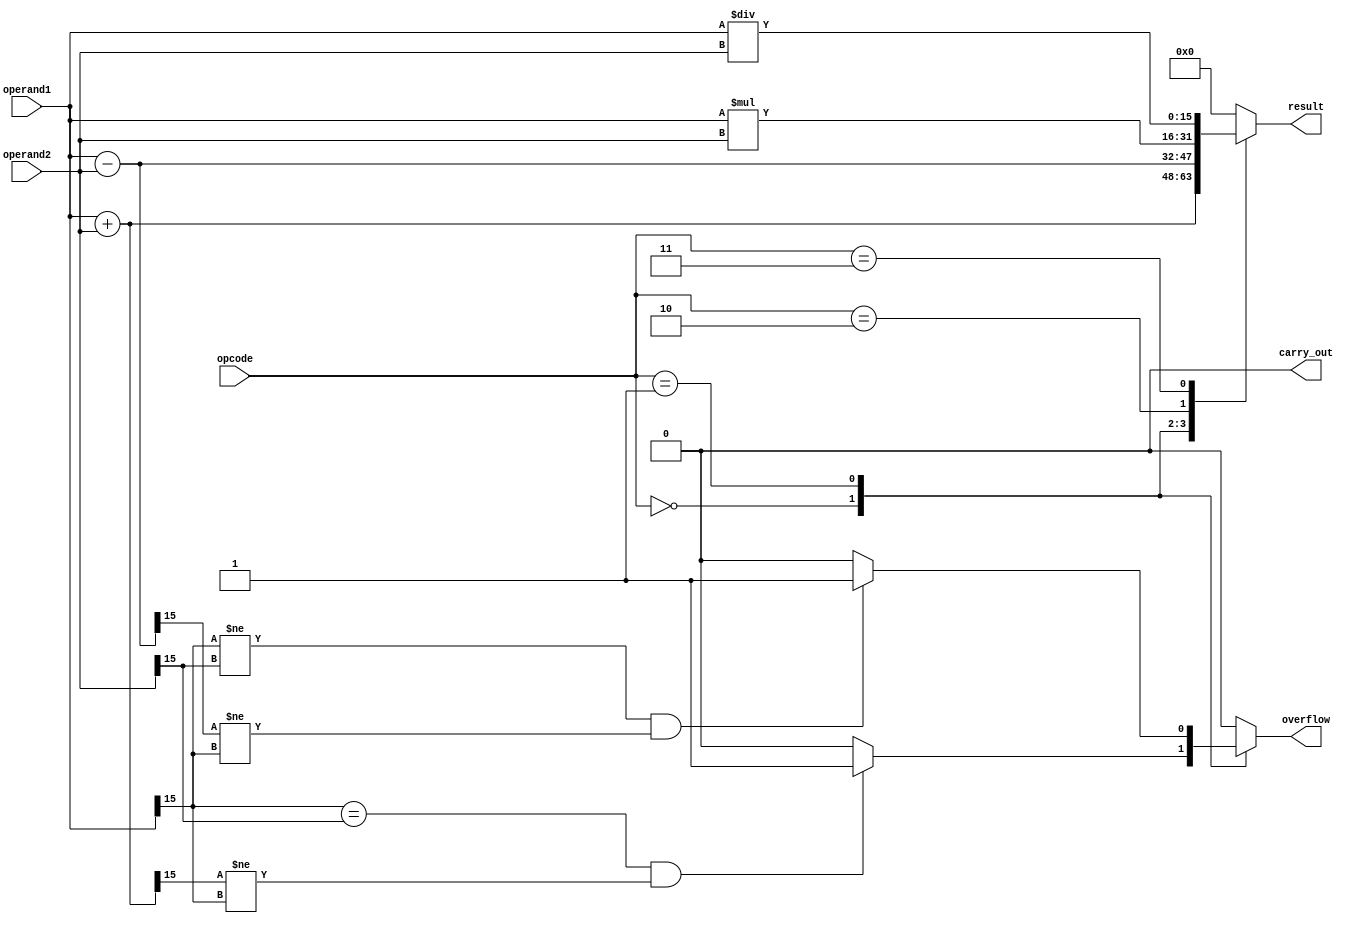
module alu (
    input [15:0] operand1,
    input [15:0] operand2,
    input [2:0] opcode,
    output reg [15:0] result,
    output reg carry_out,
    output reg overflow
);

reg [15:0] add_result;
reg [15:0] sub_result;
reg [15:0] mul_result;
reg [15:0] div_result;

always @(*)
begin
    case(opcode)
        3'b000: begin // Addition
            add_result = operand1 + operand2;
            result = add_result;
            carry_out = (add_result[16] == 1) ? 1'b1 : 1'b0;
            overflow = (operand1[15] == operand2[15] && result[15] != operand1[15]) ? 1'b1 : 1'b0;
        end
        3'b001: begin // Subtraction
            sub_result = operand1 - operand2;
            result = sub_result;
            carry_out = (sub_result[16] == 1) ? 1'b1 : 1'b0;
            overflow = (operand1[15] != operand2[15] && result[15] != operand1[15]) ? 1'b1 : 1'b0;
        end
        3'b010: begin // Multiplication
            mul_result = operand1 * operand2;
            result = mul_result;
            carry_out = 1'b0;
            overflow = (mul_result[31:16] != 16'b0) ? 1'b1 : 1'b0;
        end
        3'b011: begin // Division
            div_result = operand1 / operand2;
            result = div_result;
            carry_out = 1'b0;
            overflow = 1'b0;
        end
        default: begin
            // Default case
            result = 16'b0;
            carry_out = 1'b0;
            overflow = 1'b0;
        end
    endcase
end

endmodule